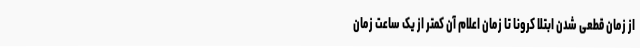
از زمان قطعی شدن ابتلا کرونا تا زمان اعلام آن کمتر از یک ساعت زمان